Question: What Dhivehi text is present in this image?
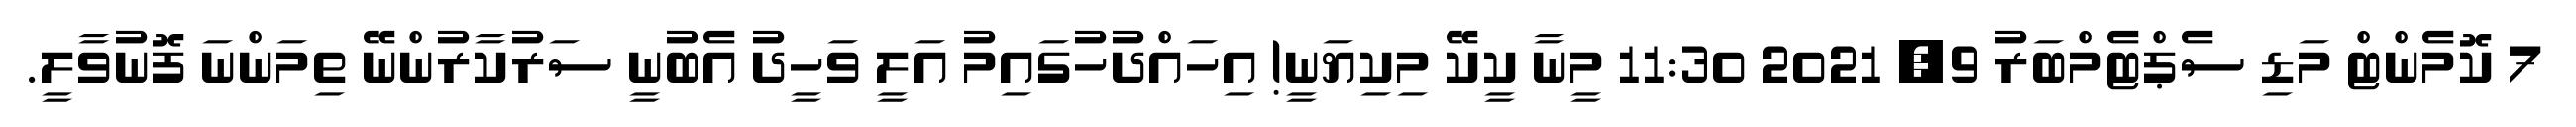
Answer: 7 ކޮމެންޓް މަޑި ސެޕްޓެމްބަރު 9, 2021 11:30 މީނާ ކީކޭ މިކިޔަނީ! އިހައްދުހުގައިމު އަލީ ވަހީދު އެބުނީ ސަރުކާރުންނޭ ތިމަންނަ ފޮނުވާލީ.